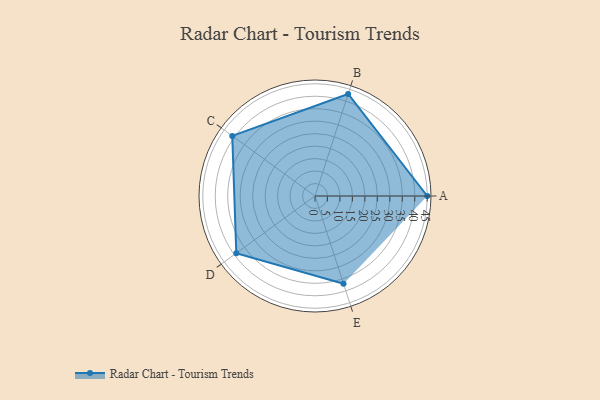
{"axis": {"x": "Skill", "y": "Score"}, "legend": ["Profile"], "data": [{"x": "A", "y": 45.0, "type": "Profile"}, {"x": "B", "y": 43.0, "type": "Profile"}, {"x": "C", "y": 41.0, "type": "Profile"}, {"x": "D", "y": 39.0, "type": "Profile"}, {"x": "E", "y": 37.0, "type": "Profile"}]}